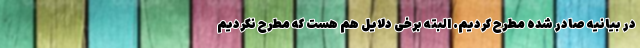
در بیانیه صادر شده مطرح کردیم. البته برخی دلایل هم هست که مطرح نکردیم